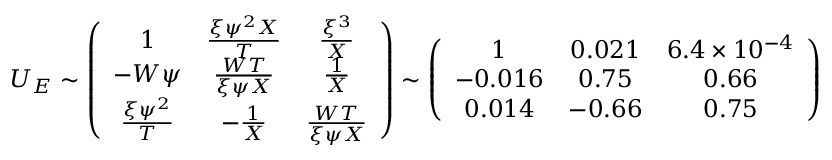
U _ { E } \sim \left( \begin{array} { c c c } { { 1 } } & { { \frac { \xi \psi ^ { 2 } X } { T } } } & { { \frac { \xi ^ { 3 } } { X } } } \\ { { - W \psi } } & { { \frac { W T } { \xi \psi X } } } & { { \frac { 1 } { X } } } \\ { { \frac { \xi \psi ^ { 2 } } { T } } } & { { - \frac { 1 } { X } } } & { { \frac { W T } { \xi \psi X } } } \end{array} \right) \sim \left( \begin{array} { c c c } { { 1 } } & { { 0 . 0 2 1 } } & { { 6 . 4 \times 1 0 ^ { - 4 } } } \\ { { - 0 . 0 1 6 } } & { { 0 . 7 5 } } & { { 0 . 6 6 } } \\ { { 0 . 0 1 4 } } & { { - 0 . 6 6 } } & { { 0 . 7 5 } } \end{array} \right)